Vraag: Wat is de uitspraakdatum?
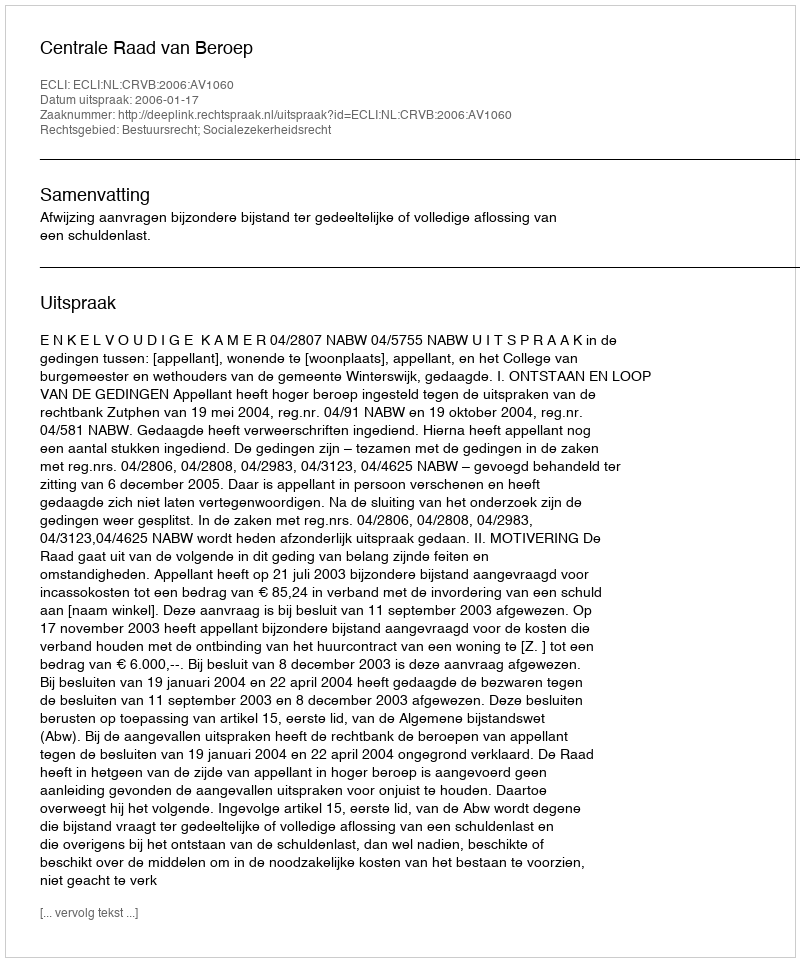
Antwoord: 2006-01-17